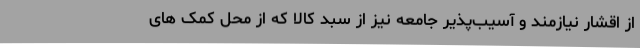
از اقشار نیازمند و آسیب‌پذیر جامعه نیز از سبد کالا که از محل کمک های